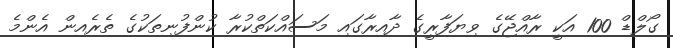
ގޯލްޑް 100 އަކީ ރާއްޖޭގެ ވިޔަފާރީގެ ދާއިރާގައި މަސައްކަތްކުރާ ކުންފުނިތަކުގެ ތެރެއިން އެންމެ